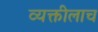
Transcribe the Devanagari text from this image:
व्यक्तीलाच